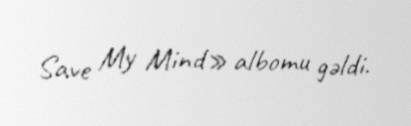
Save My Mind» albomu gəldi.